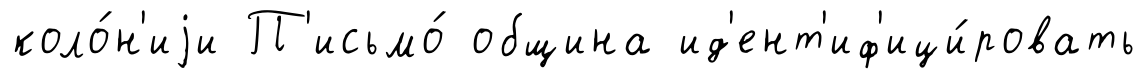
коло́н'иjи П'исьмо́ община ид'ент'иф'ици́ровать